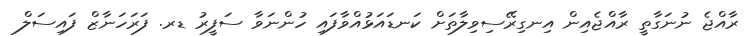
ރާއްޖެ ނުނަގާތީ ރާއްޖެއިން އިނގިރޭސިވިލާތަށް ކަނޑައަޅުއްވާފައި ހުންނަވާ ސަފީރު ޑރ. ފަރަހަނާޒް ފައިސަލް